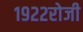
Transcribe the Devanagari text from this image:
१९२२रोजी